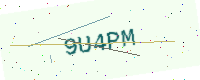
Text: 9U4PM